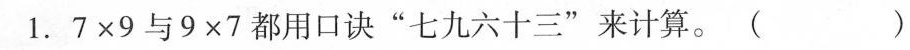
1.$$7 \times 9$$与$$9 \times 7$$都用口诀”七九六十三”来计算。( )